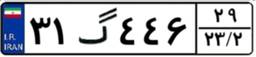
۹۸گ۶۹۷۷۰